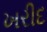
ખરીદ